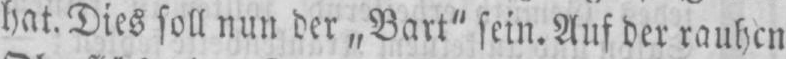
hat. Dies soll nun der „Bart“ sein. Auf der rauhen